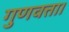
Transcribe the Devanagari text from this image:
गुणवत्ता।